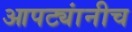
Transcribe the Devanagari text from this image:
आपट्यांनीच